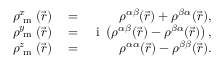
\begin{array} { r l r } { \rho _ { \textrm { m } } ^ { x } ( \vec { r } ) } & { { } = } & { \rho ^ { \alpha \beta } ( \vec { r } ) + \rho ^ { \beta \alpha } ( \vec { r } ) , } \\ { \rho _ { \textrm { m } } ^ { y } ( \vec { r } ) } & { { } = } & { \mathrm { ~ i ~ } \left( \rho ^ { \alpha \beta } ( \vec { r } ) - \rho ^ { \beta \alpha } ( \vec { r } ) \right) , } \\ { \rho _ { \textrm { m } } ^ { z } ( \vec { r } ) } & { { } = } & { \rho ^ { \alpha \alpha } ( \vec { r } ) - \rho ^ { \beta \beta } ( \vec { r } ) . } \end{array}